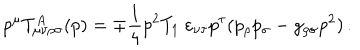
LaTeX: p ^ { \mu } T _ { \mu \nu \rho \sigma } ^ { A } ( p ) = \mp \frac { 1 } { 4 } p ^ { 2 } T _ { 1 } \ \varepsilon _ { \nu \tau } p ^ { \tau } ( p _ { \rho } p _ { \sigma } - g _ { \rho \sigma } p ^ { 2 } ) \, .